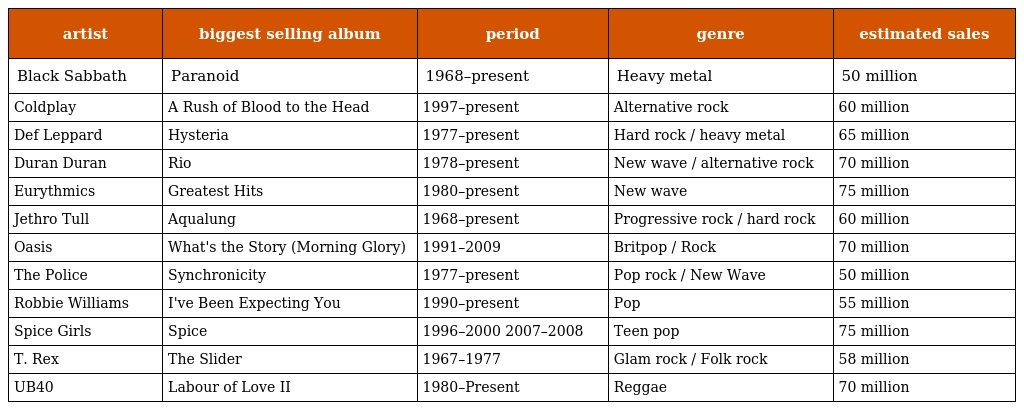
| artist | biggest selling album | period | genre | estimated sales |
 | --- | --- | --- | --- | --- |
 | Black Sabbath | Paranoid | 1968–present | Heavy metal | 50 million |
 | Coldplay | A Rush of Blood to the Head | 1997–present | Alternative rock | 60 million |
 | Def Leppard | Hysteria | 1977–present | Hard rock / heavy metal | 65 million |
 | Duran Duran | Rio | 1978–present | New wave / alternative rock | 70 million |
 | Eurythmics | Greatest Hits | 1980–present | New wave | 75 million |
 | Jethro Tull | Aqualung | 1968–present | Progressive rock / hard rock | 60 million |
 | Oasis | What's the Story (Morning Glory) | 1991–2009 | Britpop / Rock | 70 million |
 | The Police | Synchronicity | 1977–present | Pop rock / New Wave | 50 million |
 | Robbie Williams | I've Been Expecting You | 1990–present | Pop | 55 million |
 | Spice Girls | Spice | 1996–2000 2007–2008 | Teen pop | 75 million |
 | T. Rex | The Slider | 1967–1977 | Glam rock / Folk rock | 58 million |
 | UB40 | Labour of Love II | 1980–Present | Reggae | 70 million |